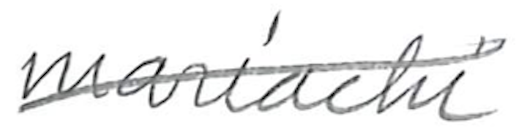
Text: mariachi
Cross-out: diagonal
Writing tool: pencil